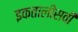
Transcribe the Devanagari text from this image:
इकतालीसवीं